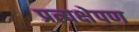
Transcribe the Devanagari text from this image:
प्रत्यक्षेपण